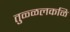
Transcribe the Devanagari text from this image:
तुळ्ळलकळि